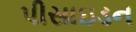
પીસાઇડન